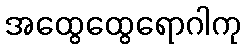
အထွေထွေရောဂါကု